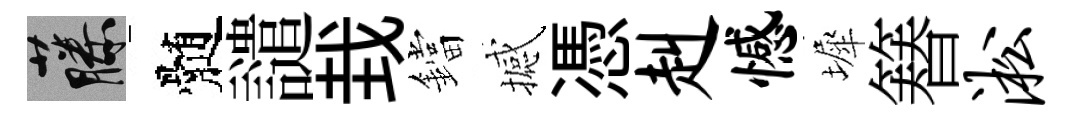
藤髄譴㘽鐺撼憑赳憾墀簮淞